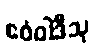
ဧဝံဝါဒီသု